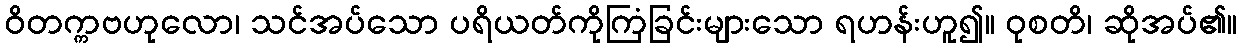
ဝိတက္ကဗဟုလော၊ သင်အပ်သော ပရိယတ်ကိုကြံခြင်းများသော ရဟန်းဟူ၍။ ဝုစတိ၊ ဆိုအပ်၏။